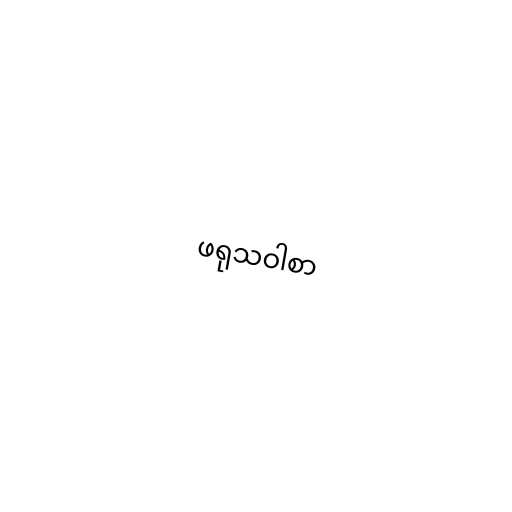
ဖရုသဝါစာ